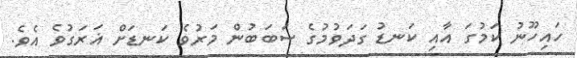
ހައިހޫނު ކަމުގަ އާއި ކަނޑު ގަދަވުމުގެ ސަބަބުން މަރުވެ ކަނޑަށް ޣަރަގުވެ އެވެ.